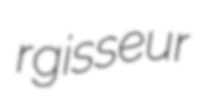
rgisseur